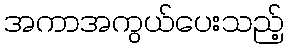
အကာအကွယ်ပေးသည့်